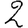
Digit: 2